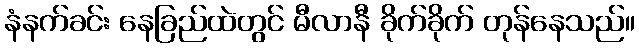
နံနက်ခင်း နေခြည်ထဲတွင် မီလာနီ ခိုက်ခိုက် တုန်နေသည်။